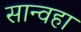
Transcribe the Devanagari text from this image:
सान्वहा